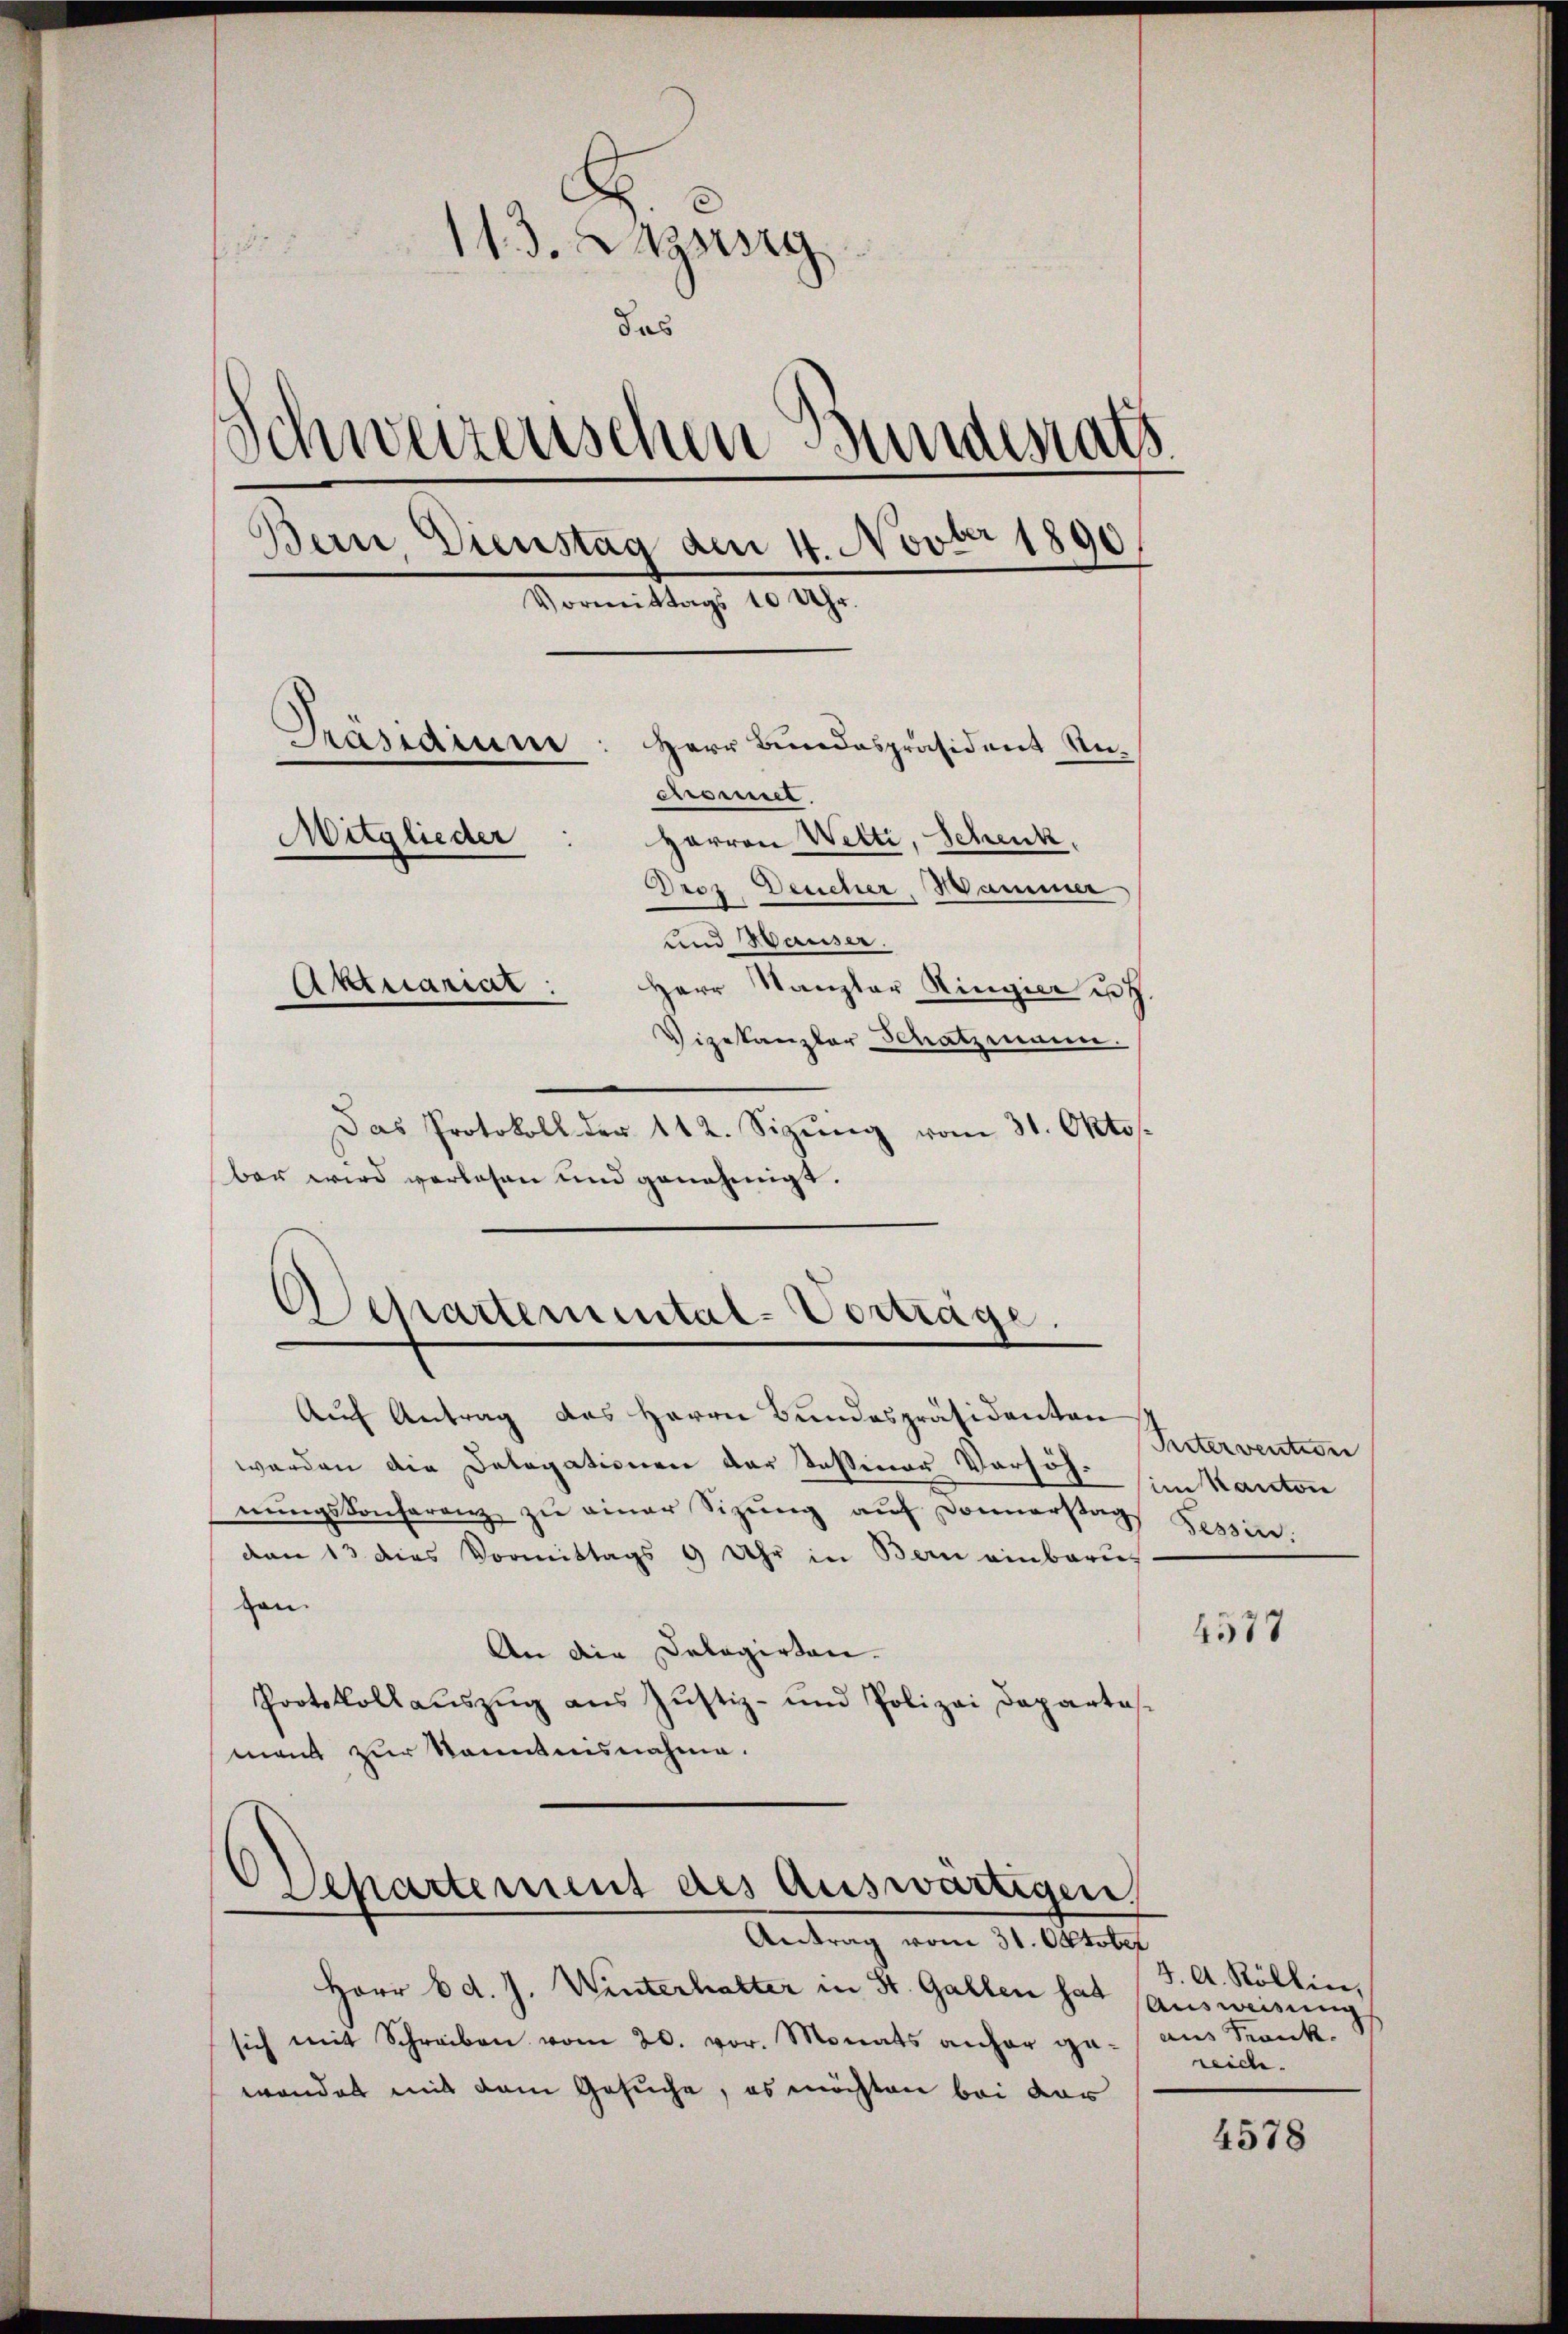
113. Lazssig
fi
das
Schweizerischen Bundesrath
Bern, Dienstag den 4. Novbr 1890
Vormittags 10 Uhr.
Präsidium.
Herr Bundespräsident Un¬
Chromet
Mitglieder
Harren Wetti, Schenk,
Droz. Deucher, Hammer
und Hauser.
Aktuariat:
Herr Kanzler Ringier u. H.
e
Vizekanzler Schatzmann.

Das Protokoll der 112. Sizŭng vom 31. Okto
bar wird verlesen und genehmigt.
Auf Antrag des Herrn Bundespräsidenten
werden die Delegationen der Teßiner Vorsch. (im Kanton
nŭngskonferenz zŭ einer Sizŭng auf Donnerstags Gessin.
don 13 dies Vormittags 9 Uhr in Bern einbaru
von
An die Delegirten.
Protokollauszug aus Justiz- und Polizei Departasmant zur Kenntnisnahme.

.
Lepartemental-Vortrage.

Departement des Auswärtigen,
Antrag vom 31. Oktober

Herr Ed. J. Winterhalter in St. Gallen hat ausweisung
sich mit Schreiben vom 20. vor. Monats anher ge-
wander mit dem Gesuche, es möchten bei der

Pitervention

4577

4. A. Röllin,
aus Frank.
reidte.

4578